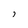
Character: 7